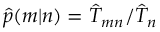
\hat { p } ( m | n ) = \hat { T } _ { m n } / \hat { T } _ { n }